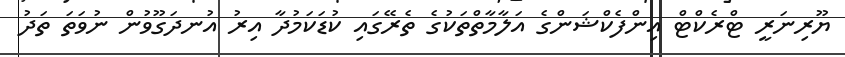
ޔޫރިނަރީ ޓްރެކްޓް އިންފެކްޝަންގެ އަލާމާތްތަކުގެ ތެރޭގައި ކުޑަކަމުދާ އިރު އުނދަގޫވުން ނުވަތަ ތަދު